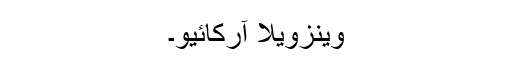
وینزویلا آرکائیو۔